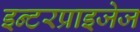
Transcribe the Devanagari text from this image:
इन्टरप्राइजेज